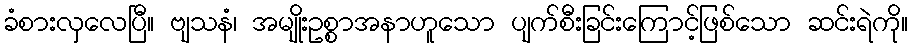
ခံစားလှလေပြီ။ ဗျသနံ၊ အမျိုးဥစ္စာအနာဟူသော ပျက်စီးခြင်းကြောင့်ဖြစ်သော ဆင်းရဲကို။